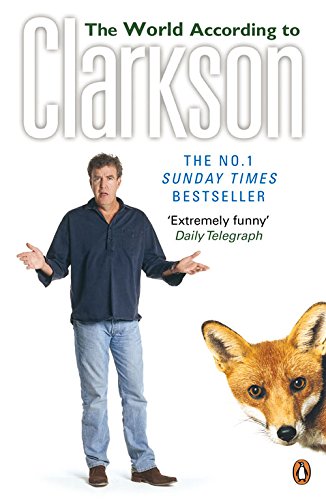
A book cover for The World According to Clarkson; Jeremy Clarkson; Humor & Entertainment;